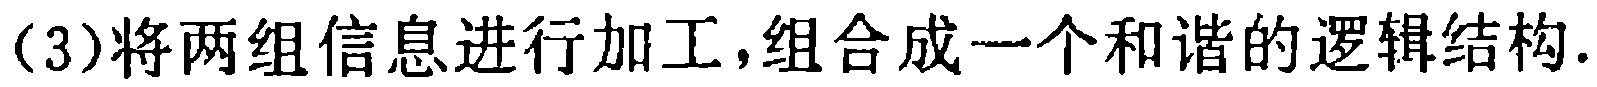
(3)将两组信息进行加工，组合成一个和谐的逻辑结构.